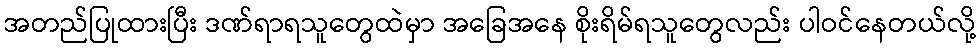
အတည်ပြုထားပြီး ဒဏ်ရာရသူတွေထဲမှာ အခြေအနေ စိုးရိမ်ရသူတွေလည်း ပါဝင်နေတယ်လို့